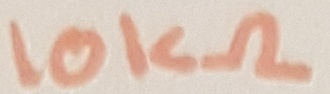
Text: 10KΩ